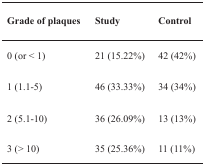
| Grade of plaques | Study | Control |
 | --- | --- | --- |
 | 0 (or < 1) | 21 (15.22%) | 42 (42%) |
 | 1 (1.1-5) | 46 (33.33%) | 34 (34%) |
 | 2 (5.1-10) | 36 (26.09%) | 13 (13%) |
 | 3 (> 10) | 35 (25.36%) | 11 (11%) |